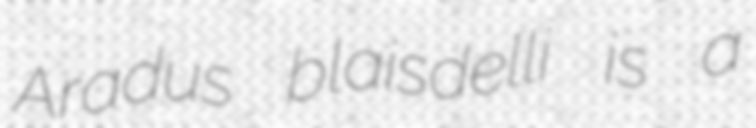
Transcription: Aradus blaisdelli is a